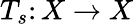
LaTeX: T_{s}\colon X\to X